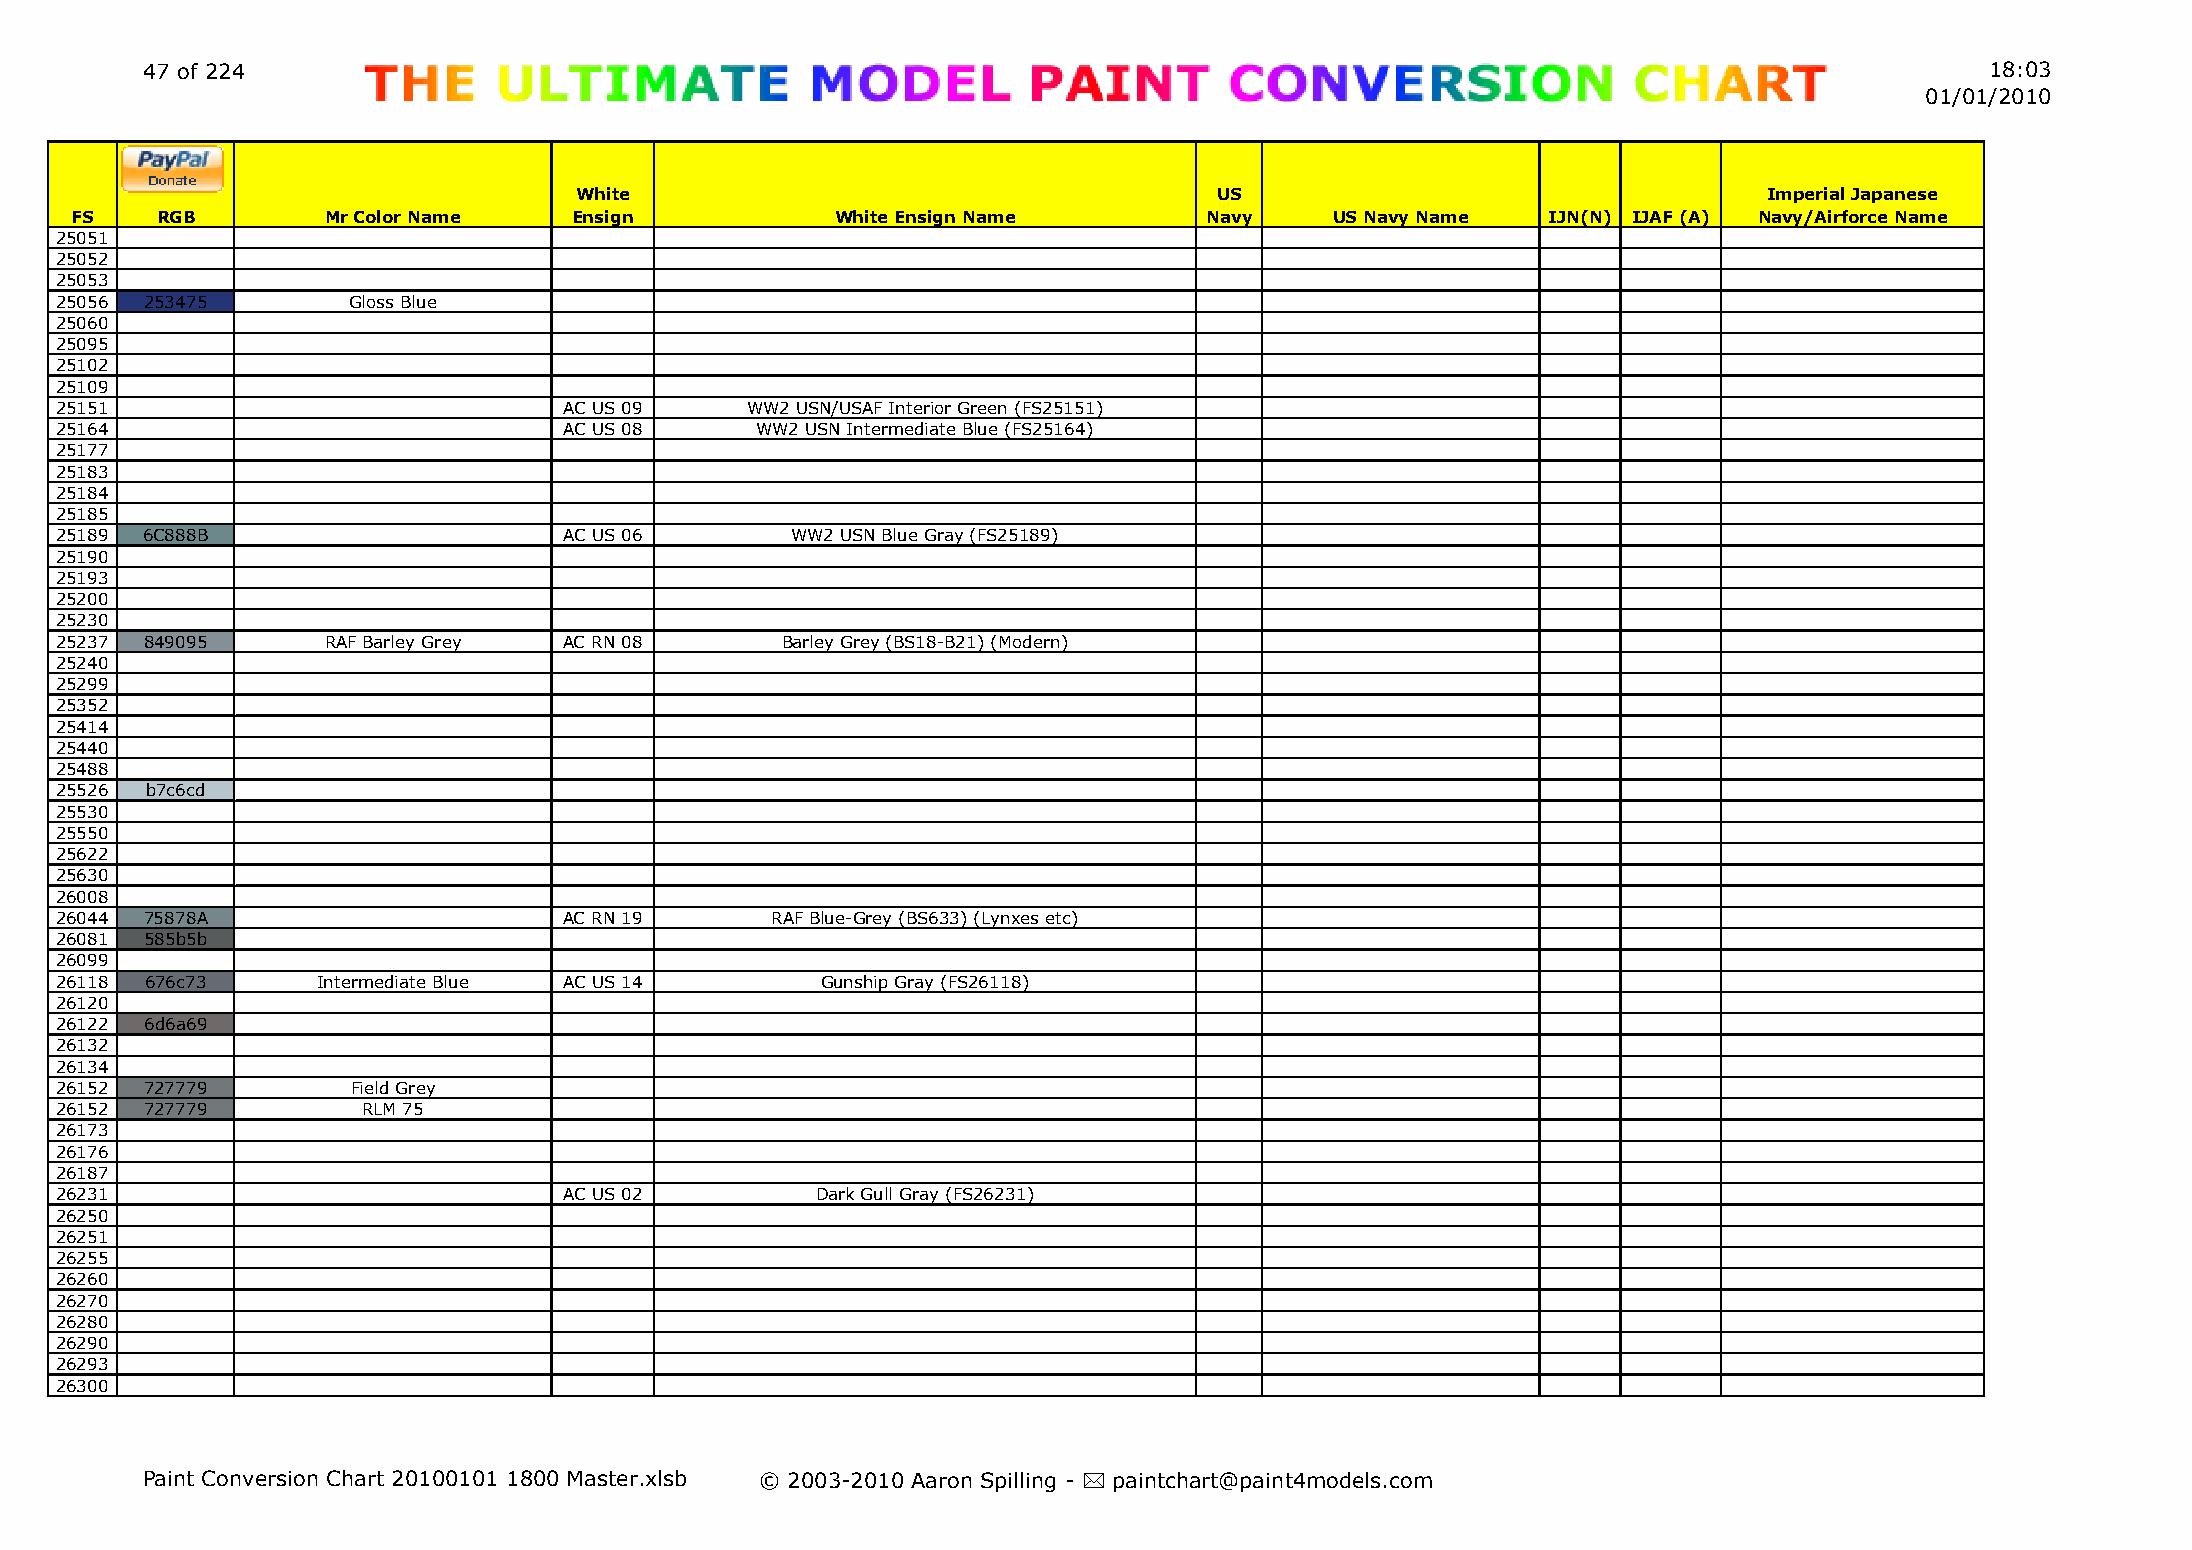
47 of 224                                                                                                                  18:03
 01/01/2010
 White                                      US                                  Imperial Japanese
 FS   RGB         Mr Color Name   Ensign           White Ensign Name        Navy    US Navy Name  IJN(N) IJAF (A) Navy/Airforce Name
 25051
 25052
 25053
 25056 253475       Gloss Blue
 25060
 25095
 25102
 25109
 25151                            AC US 09    WW2 USN/USAF Interior Green (FS25151)
 25164                            AC US 08     WW2 USN Intermediate Blue (FS25164)
 25177
 25183
 25184
 25185
 25189 6C888B                     AC US 06       WW2 USN Blue Gray (FS25189)
 25190
 25193
 25200
 25230
 25237 849095      RAF Barley Grey AC RN 08      Barley Grey (BS18-B21) (Modern)
 25240
 25299
 25352
 25414
 25440
 25488
 25526 b7c6cd
 25530
 25550
 25622
 25630
 26008
 26044 75878A                     AC RN 19      RAF Blue-Grey (BS633) (Lynxes etc)
 26081 585b5b
 26099
 26118 676c73     Intermediate Blue AC US 14       Gunship Gray (FS26118)
 26120
 26122 6d6a69
 26132
 26134
 26152 727779       Field Grey
 26152 727779        RLM 75
 26173
 26176
 26187
 26231                            AC US 02         Dark Gull Gray (FS26231)
 26250
 26251
 26255
 26260
 26270
 26280
 26290
 26293
 26300
 Paint Conversion Chart 20100101 1800 Master.xlsb © 2003-2010 Aaron Spilling - * paintchart@paint4models.com